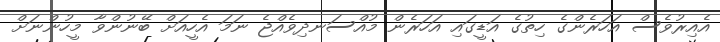
އެއިރުވެސް އަަހަރެންގެ ހިތުގެ އަޑީގައި އަހަރެން މުއްސަނދިވެއްޖެ ނަމަ އެހީއަށް ބޭނުންވާ މީހުންނަށް